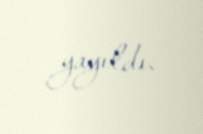
yayıldı.